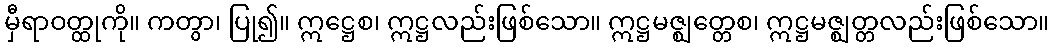
မှီရာဝတ္ထုကို။ ကတွာ၊ ပြု၍။ ဣဋ္ဌေစ၊ ဣဋ္ဌလည်းဖြစ်သော။ ဣဋ္ဌမဇ္ဈတ္တေစ၊ ဣဋ္ဌမဇ္ဈတ္တလည်းဖြစ်သော။